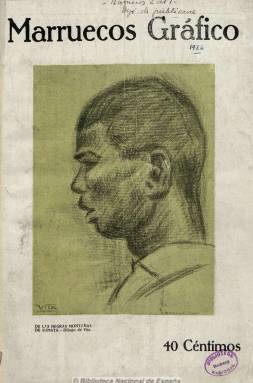
Título: Marruecos gráfico
Colección: África || Revistas de información general
Ámbito geográfico: Marruecos
Lugar de publicación: Tetuán
Fechas: 15/08/1926-03/10/1926

Revista semanal ilustrada editada en Tetuán en números de casi medio centenar de páginas, en lengua española, cuyo redactor artístico es Salvador Rojo Jover y su gerente, José María González Lara. Con secciones como “Página israelita”, “Página femenina” o “Notas financieras”, publica también artículos de historia, arte, sociedad, moda y de creación literaria, etc. Especialmente, crónicas gráficas de actualidad, con profusión de fotografías, referentes especialmente al protectorado español en Marruecos. También ofrece una guía de turismo de las ciudades de Ceuta, Melilla, Tánger, Alcazarquivir, Tetuán y Larache. Inserta anuncios publicitarios.